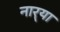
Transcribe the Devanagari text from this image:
नार्‍या